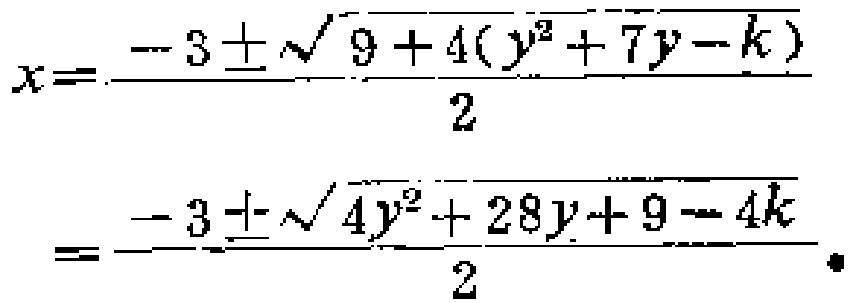
\[
\begin{align*}
x&=\frac{-3\pm\sqrt{9 + 4(y^{2}+7y - k)}}{2}\\
&=\frac{-3\pm\sqrt{4y^{2}+28y + 9 - 4k}}{2}
\end{align*}
\]